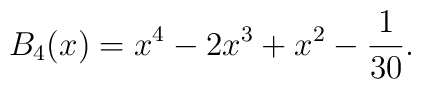
B_{4}(x)=x^{4}-2x^{3}+x^{2}-\frac{1}{30}.